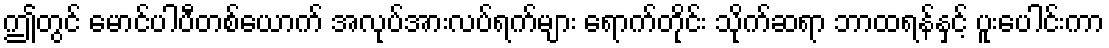
ဤတွင် မောင်ပါပီတစ်ယောက် အလုပ်အားလပ်ရက်များ ရောက်တိုင်း သိုက်ဆရာ ဘာထရန်နှင့် ပူးပေါင်းကာ